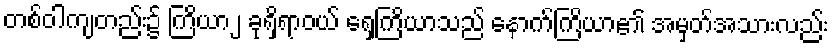
တစ်ဝါကျတည်း၌ ကြိယာ၂ ခုရှိရာဝယ် ရှေ့ကြိယာသည် နောက်ကြိယာ၏ အမှတ်အသားလည်း